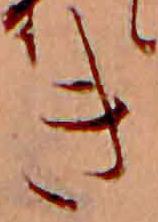
き